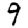
Digit: 9